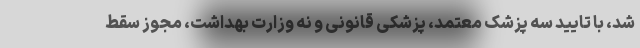
شد، با تایید سه پزشک معتمد، پزشکی قانونی و نه وزارت بهداشت، مجوز سقط